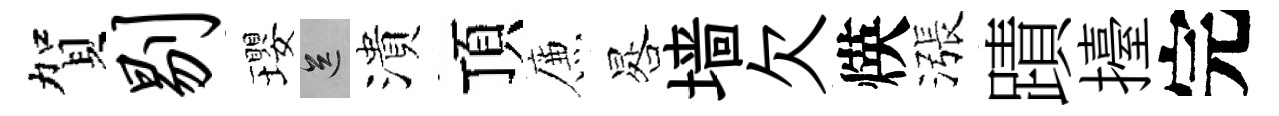
賀剔瓔送潰頂簾晷墙欠煐漲蹟擡完